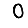
Digit: 0